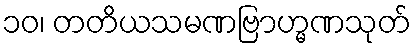
၁၀၊ တတိယသမဏဗြာဟ္မဏသုတ်